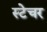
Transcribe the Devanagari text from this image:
स्टेचर